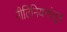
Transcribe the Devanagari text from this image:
नीतिनियमांतून